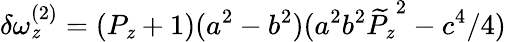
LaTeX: \delta\omega_{\mathit{z}}^{(2)}=(P_{\mathit{z}}+1)(a^{2}-b^{2})(a^{2}b^{2}{\widetilde{{P}}_{\mathit{z}}}^{2}-c^{4}/4)